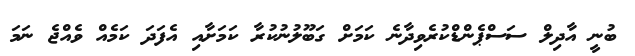
ބުނީ އާދިލް ސަސްޕެންޑްކުރެވިދާނެ ކަމަށް ގަބޫލުނުކުރާ ކަމަށާއި އެފަދަ ކަމެއް ވެއްޖެ ނަމަ